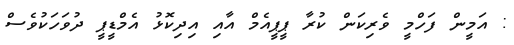
: އަމީން ފަހްމީ ވެރިކަން ކުރާ ޕީޕީއެމް އާއި އިދިކޮޅު އެމްޑީޕީ ދުވަހަކުވެސް